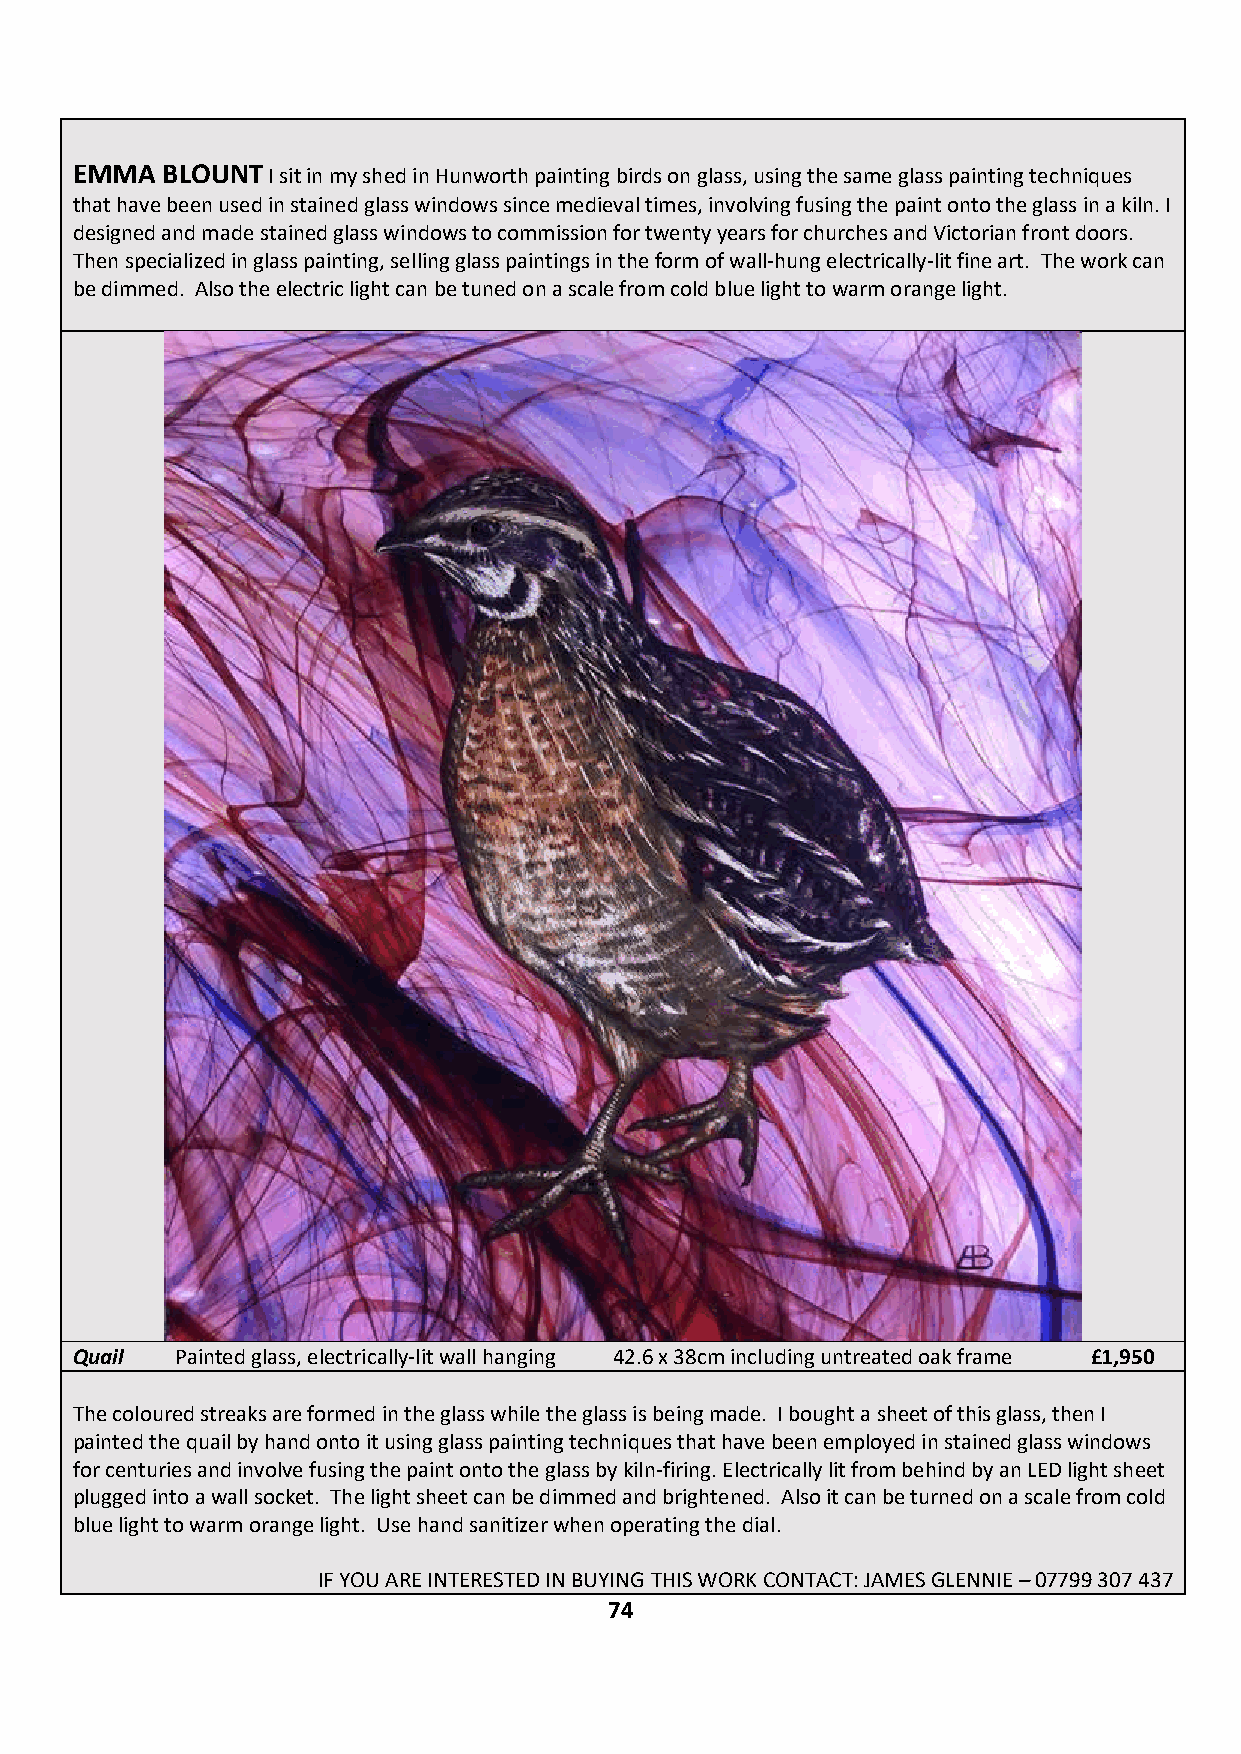
EMMA  BLOUNT I sit in my shed in Hunworth painting birds on glass, using the same glass painting techniques
 that have been used in stained glass windows since medieval times, involving fusing the paint onto the glass in a kiln. I
 designed and made stained glass windows to commission for twenty years for churches and Victorian front doors.
 Then specialized in glass painting, selling glass paintings in the form of wall-hung electrically-lit fine art. The work can
 be dimmed. Also the electric light can be tuned on a scale from cold blue light to warm orange light.
 Quail  Painted glass, electrically-lit wall hanging 42.6 x 38cm including untreated oak frame £1,950
 The coloured streaks are formed in the glass while the glass is being made. I bought a sheet of this glass, then I
 painted the quail by hand onto it using glass painting techniques that have been employed in stained glass windows
 for centuries and involve fusing the paint onto the glass by kiln-firing. Electrically lit from behind by an LED light sheet
 plugged into a wall socket. The light sheet can be dimmed and brightened. Also it can be turned on a scale from cold
 blue light to warm orange light. Use hand sanitizer when operating the dial.
 IF YOU ARE INTERESTED IN BUYING THIS WORK CONTACT: JAMES GLENNIE – 07799 307 437
 74